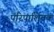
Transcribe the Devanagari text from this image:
परिपार्शिवक